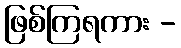
ဖြစ်ကြရကား -